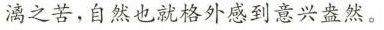
漓之苦，自然也就格外感到意兴盎然。